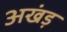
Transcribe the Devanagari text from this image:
अखंड़